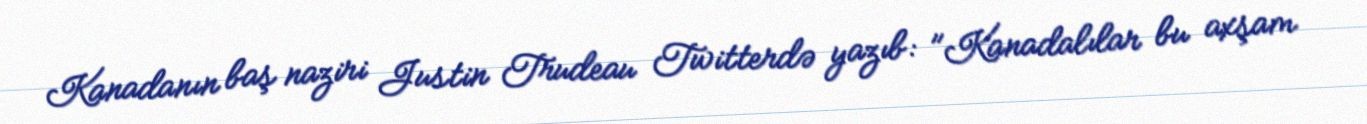
Kanadanın baş naziri Justin Trudeau Twitterdə yazıb: "Kanadalılar bu axşam